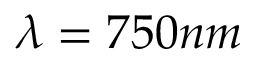
\lambda = 7 5 0 n m